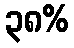
၃၈%